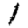
Digit: 1